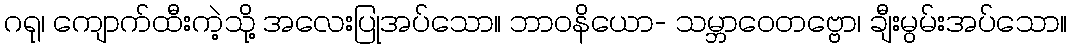
ဂရု၊ ကျောက်ထီးကဲ့သို့ အလေးပြုအပ်သော။ ဘာဝနိယော- သမ္ဘာဝေတဗ္ဗော၊ ချီးမွမ်းအပ်သော။